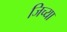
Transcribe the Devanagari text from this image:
जिच्‍या